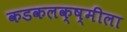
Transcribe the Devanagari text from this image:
कडकलक्ष्मीला